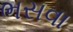
ભસવા